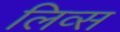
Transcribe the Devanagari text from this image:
लिव्स